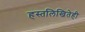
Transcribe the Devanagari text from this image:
हस्तलिखितेही